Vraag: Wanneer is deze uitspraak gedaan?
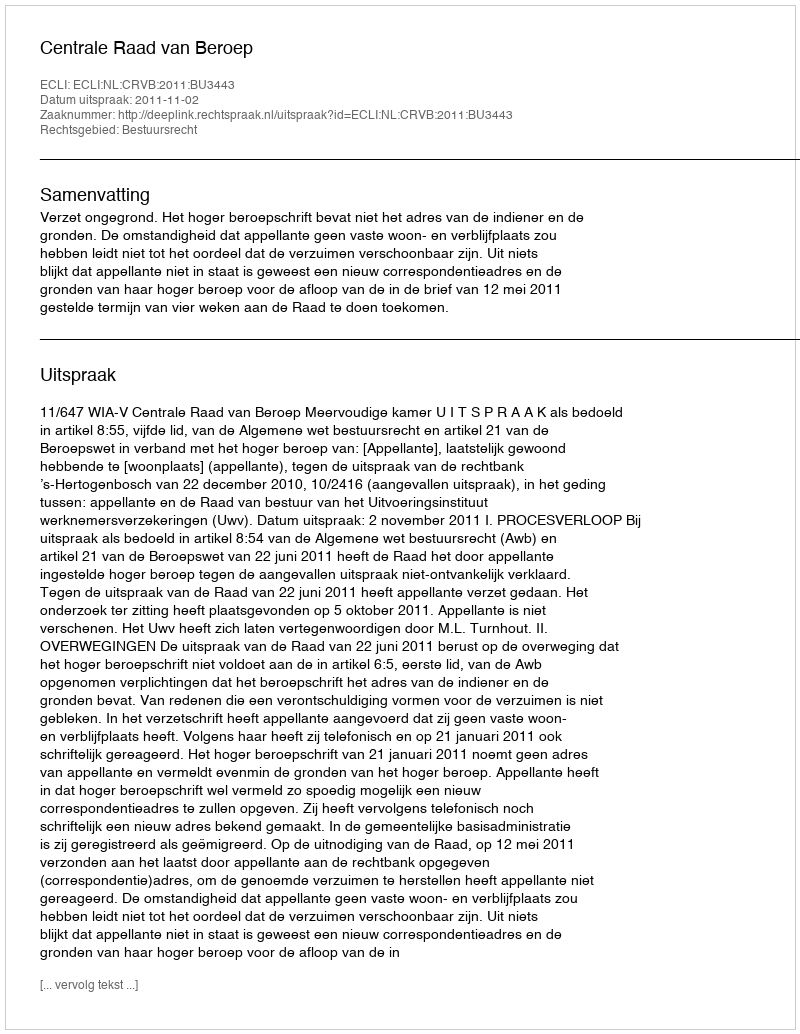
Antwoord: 2011-11-02